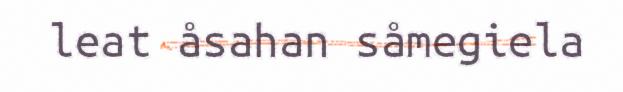
leat åsahan såmegiela